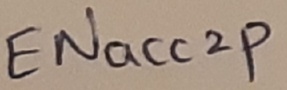
Text: ENacc2p